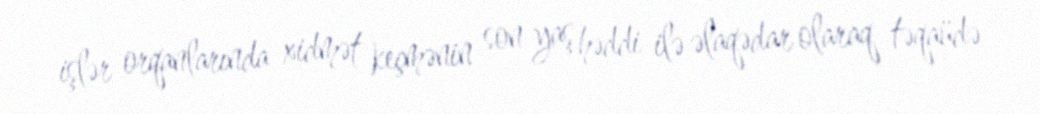
işlər orqanlarında xidmət keçmənin son yaş həddi ilə əlaqədar olaraq təqaüdə